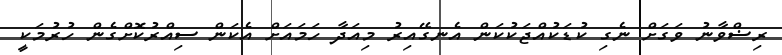
ރިޟްވާނު ވަގަށް ނެގި ކުޑަކުއްޖަކުކަން އެނގޭއިރު މިއަދާ ހަމައަށް އެކަން ސިއްރުކޮށްގެން ހުރުމަކީ